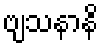
ဗျသနာနိ